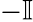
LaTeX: -\mathbb{I}